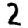
Digit: 2